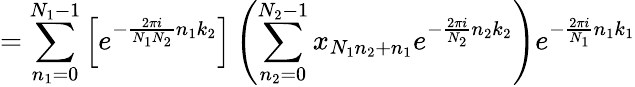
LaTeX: =\sum_{n_{1}=0}^{N_{1}-1}\left[e^{-{\frac{2\pi i}{N_{1}N_{2}}}n_{1}k_{2}}\right]\left(\sum_{n_{2}=0}^{N_{2}-1}x_{N_{1}n_{2}+n_{1}}e^{-{\frac{2\pi i}{N_{2}}}n_{2}k_{2}}\right)e^{-{\frac{2\pi i}{N_{1}}}n_{1}k_{1}}